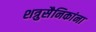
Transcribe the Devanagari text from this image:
शत्रुसैनिकांना